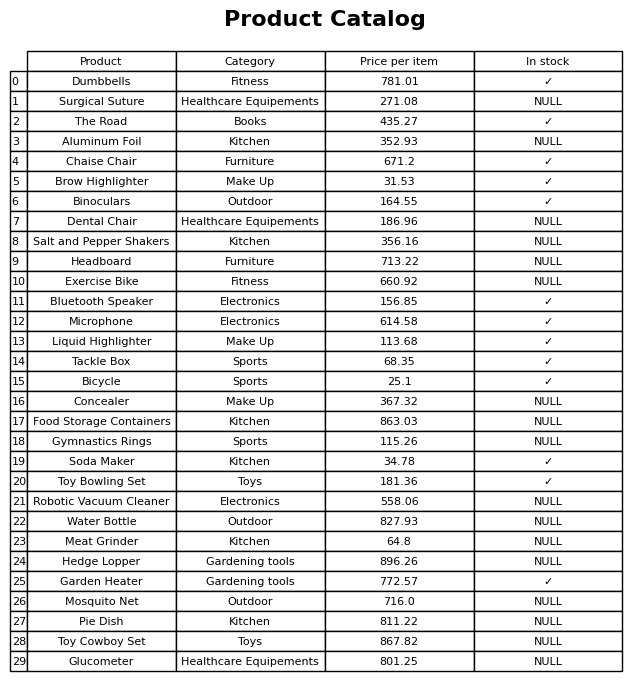
question: What is the price of the Dental Chair?
answer: The price of Dental Chair is 186.96.